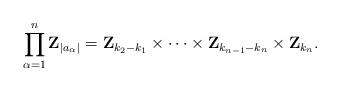
LaTeX: \begin{align*}\prod_{\alpha =1}^{n}{\mathbf Z}_{|a_{\alpha }|}={\mathbf Z}_{k_{2}-k_{1}}\times \cdots \times {\mathbf Z}_{k_{n-1}-k_{n}}\times {\mathbf Z}_{k_{n}}.\end{align*}